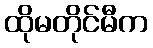
ထိုမတိုင်မီက